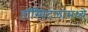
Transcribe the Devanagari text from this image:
हॉस्पिटलामध्ये